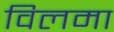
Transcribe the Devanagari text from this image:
विलमा